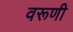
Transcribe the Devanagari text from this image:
वरूणी